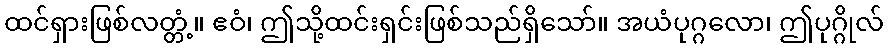
ထင်ရှားဖြစ်လတ္တံ့။ ဧဝံ၊ ဤသို့ထင်းရှင်းဖြစ်သည်ရှိသော်။ အယံပုဂ္ဂလော၊ ဤပုဂ္ဂိုလ်